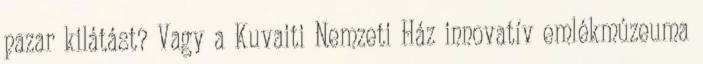
pazar kilátást? Vagy a Kuvaiti Nemzeti Ház innovatív emlékmúzeuma